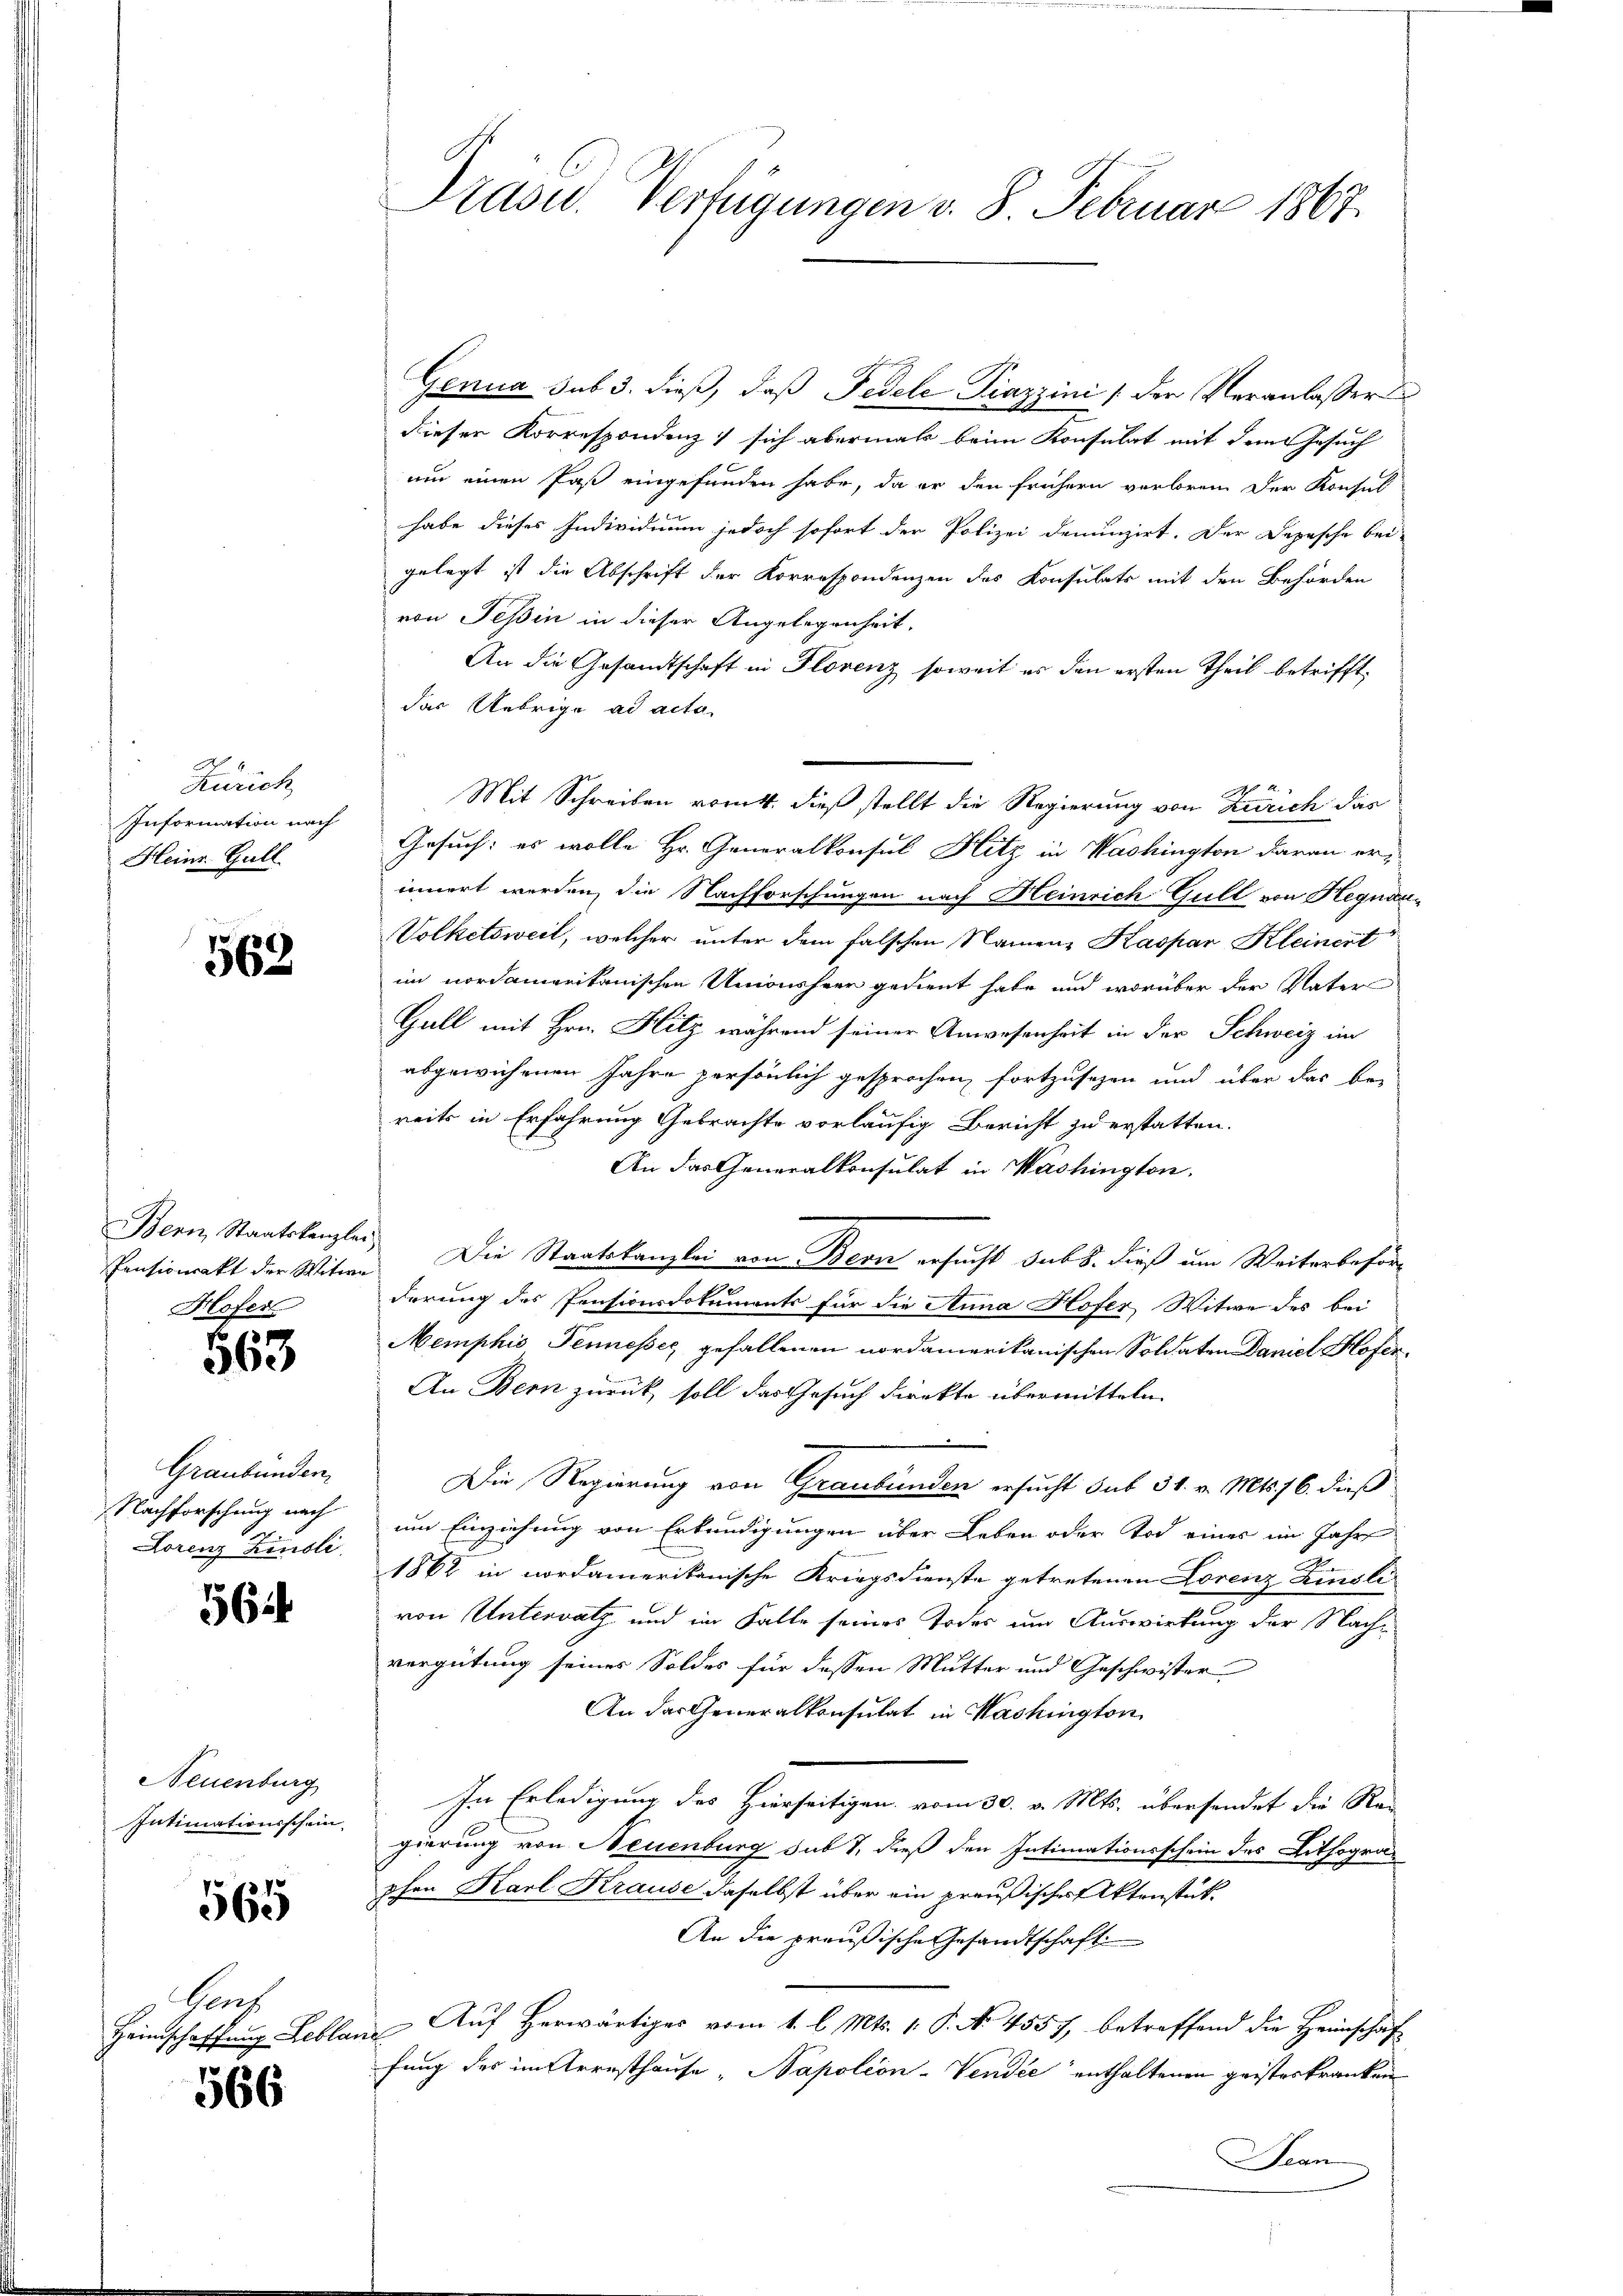
A
Zürich
Information nach
Heinr. Gall

562

Bern, Staatskanzler
Pensionsakt der Witwe
Hofer

563

Graubünden,
Nachforschung nach
Lorenz Zinsli

56

Neuenburg
Intimationsschein

565

Canz
Heimschaffung Leblar

566

Präsid.. Verfügungen v. 8. Februar 1867

gehung
Genua sub 3. dieß, daß Pedele Piazzini (der Veranlasser
dieser Korrespondenz) sich abermals beim Konsulat mit dem Gesuch
um einen Past eingefunden habe, da er den frühern verloren der Konsul
habe dieses Individium jedoch sofort der Polizei denunzirt. Der Depesche bei-
gelegt ist die Abschrift der Korrespondenzen des Konsulats mit den Behörden
von Tessin in dieser Angelegenheit.
An die Gesandtschaft in Florenz soweit es den ersten Theil betrifft,
das Uebrige ad acta
A
Mit Schreiben vom 4. dieß stellt die Regierung von Zürich das
Gesuch: es wolle Hr. Generalkonsul Hitz in Washington daran er-
innert werden, die Nachforschungen nach Heinrich Gull von Hegnaa¬
Volketsweil, welcher unter dem falschen Namenz Kaspar Kleinert
im nordamerikanischen Unionsherr gedient habe und worüber der Vater
Gall mit Hrn. Hitz während seiner Anwesenheit in der Schweiz im
abgewichenen Jahre persönlich gesprochen, fortzusehen und über das be-
reits in Erfahrung Gebrachte vorläufig Bericht zu erstatten.
An das Generalkonsulat in Washington.
Die Staatskanzlei von Bern ersucht sub 8. dieß um Weiterbeförderung des Pensionsdokuments für die Anna Hofer Witwe des bei
Memphio Tennesses gefallenen nordamerikanischen Soldaten Daniel Hofer¬
An Bern zurück, soll das Gesuch direkte übermitteln.
Die Regierung von Graubünden ersucht sub 31. v. Mts. 16. dieß
um Einziehung von Erkundigungen über Leben oder Tod eines im Jahre
1862 in nordamerikanische Kriegsdienste getretenen Lorenz Zinsli
von Unterrath und im Falle seines Todes um Auswirkung der Nachvergütung seines Soldes für dessen Mutter und Geschwister
An der Generalkonsulat in Washington
In Erledigung des Hierseitigen vom 30. v. Mts. übersendet die Rei
gierung von Neuenburg sub 7, dieß den Intimationsschein des Lithographen Karl Krause daselbst über ein preußisches Aktenstüt
An die preußische Gesandtschaft
Auf Herwärtiges vom 1. l. Mts. 1. P. No. 4557, betreffend die Heimschaf
¬
fung des im Arresthause „Napoleon-Vendée enthaltenen geisteskranken
Jean